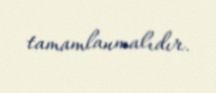
tamamlanmalıdır.